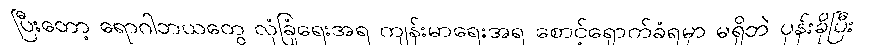
ပြီးတော့ ရောဂါဘယတွေ လုံခြုံရေးအရ ကျန်းမာရေးအရ စောင့်ရှောက်ခံရမှာ မရှိဘဲ ပုန်းခိုပြီး